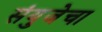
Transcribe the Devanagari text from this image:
संयुजेचा